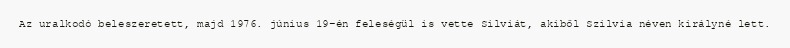
Az uralkodó beleszeretett, majd 1976. június 19-én feleségül is vette Silviát, akiből Szilvia néven királyné lett.